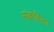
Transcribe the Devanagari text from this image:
संबोधिता